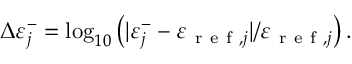
\Delta \varepsilon _ { j } ^ { - } = \log _ { 1 0 } \left( | \varepsilon _ { j } ^ { - } - \varepsilon _ { \mathrm { ~ r ~ e ~ f ~ } , j } | / \varepsilon _ { \mathrm { ~ r ~ e ~ f ~ } , j } \right) .